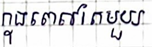
ក្នុងពេលតែមួយ